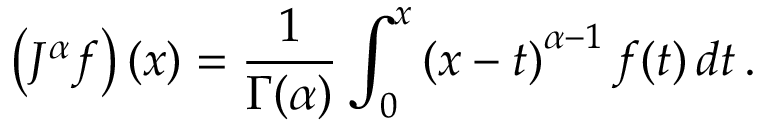
\left( J ^ { \alpha } f \right) ( x ) = { \frac { 1 } { \Gamma ( \alpha ) } } \int _ { 0 } ^ { x } \left( x - t \right) ^ { \alpha - 1 } f ( t ) \, d t \, .